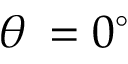
\theta \: = 0 ^ { \circ }